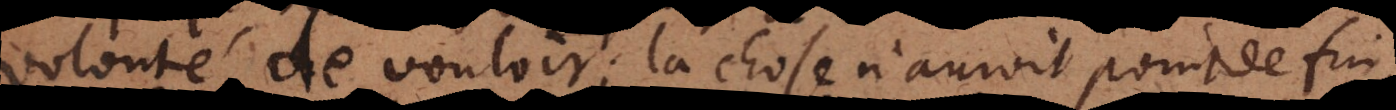
volonté de vouloir; la chose n’auroit point de fin,